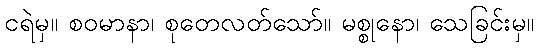
ငရဲမှ။ စဝမာနာ၊ စုတေလတ်သော်။ မစ္စုနော၊ သေခြင်းမှ။